Report on the Civil Veterinary Department, Eastern Bengal and Assam - 1907-1911
Year: 1907
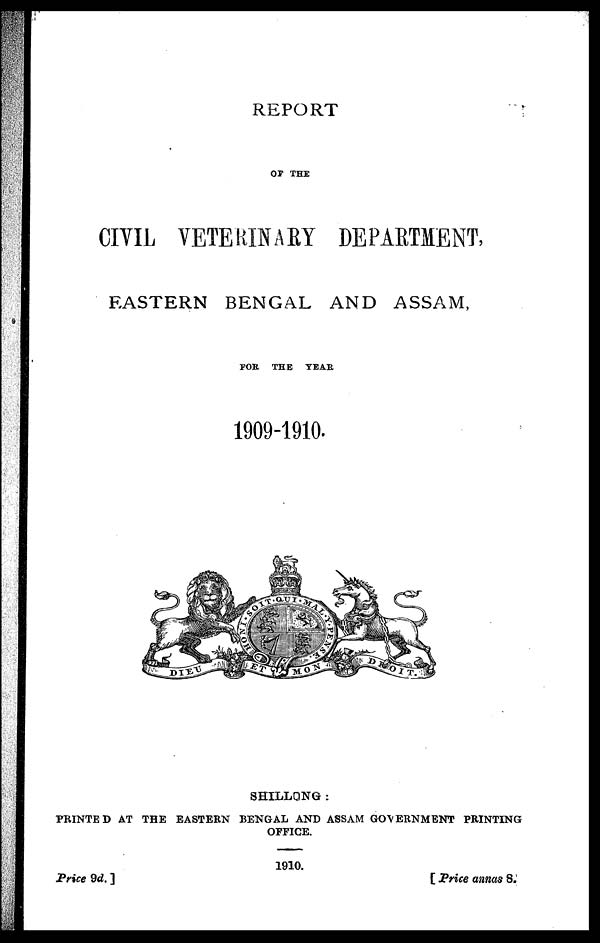
REPORT
OF THE
CIVIL VETERINARY DEPARTMENT,
EASTERN BENGAL AND ASSAM,
FOR THE
TEAR
1909-1910.
SHILLONG:
PRINTED AT THE EASTERN BENGAL AND ASSAM GOVERNMENT PRINTING
OFFICE.
1910.
Price 9d. ]
[ Price annas 8.